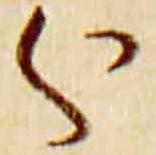
分